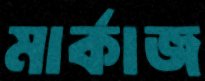
মার্কাজ